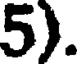
5).